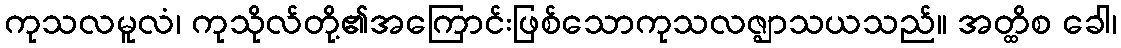
ကုသလမူလံ၊ ကုသိုလ်တို့၏အကြောင်းဖြစ်သောကုသလဇ္ဈာသယသည်။ အတ္ထိစ ခေါ၊